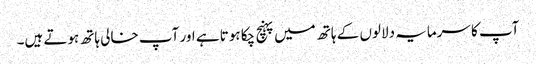
آپ کا سرمایہ دلالوں کے ہاتھ میں پہنچ چکا ہوتا ہے اور آپ خالی ہاتھ ہوتے ہیں۔